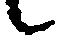
候